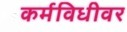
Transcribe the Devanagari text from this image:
कर्मविधीवर